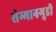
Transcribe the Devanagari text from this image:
सेम्मानगुडी